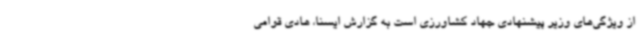
از ویژگی‌های وزیر پیشنهادی جهاد کشاورزی است به گزارش ایسنا، هادی قوامی